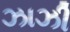
ઝાઝી